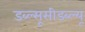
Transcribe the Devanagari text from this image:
डब्ल्सूसीडब्ल्यू